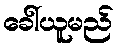
ခေါ်ယူမည်